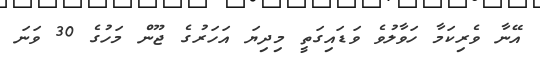
އޭނާ ވެރިކަމާ ހަވާލުވެ ވަޑައިގަތީ މިދިޔަ އަހަރުުގެ ޖޫން މަހުގެ 30 ވަނަ